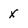
Character: X